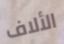
الألاف